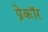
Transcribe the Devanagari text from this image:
प्रेकॉर